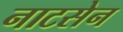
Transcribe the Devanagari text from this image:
नाटसेन